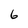
Character: 6